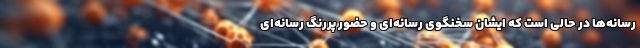
رسانه‌ها در حالی است که ایشان سخنگوی رسانه‌ای و حضور پررنگ رسانه‌ای